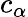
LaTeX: c_{\alpha}